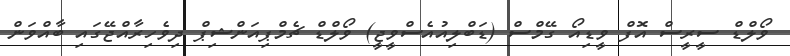
ވޯލްޑް ސީރީސް އޮފް ވީޑިއޯ ގޭމްސް (ޑަބްލިއުއެސްވީޖީ) ވޯލްޑް ޗެމްޕިއަންޝިޕް ދިވެހިރާއްޖޭގައި ބާއްވަން